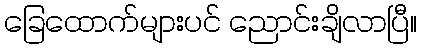
ခြေထောက်များပင် ညောင်းချိလာပြီ။